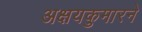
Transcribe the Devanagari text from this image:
अक्षयकुमारने